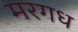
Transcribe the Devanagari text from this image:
मरगध